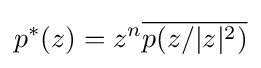
p^{*}(z)=z^{n}{\overline {p(z/|z|^{2})}}